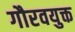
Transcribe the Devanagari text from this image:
गौरवयुक्त